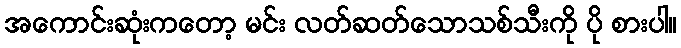
အကောင်းဆုံးကတော့ မင်း လတ်ဆတ်သောသစ်သီးကို ပို စားပါ။